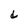
Character: d